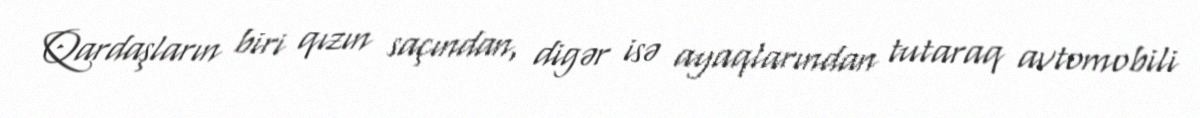
Qardaşların biri qızın saçından, digər isə ayaqlarından tutaraq avtomobili